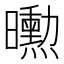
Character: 𭨌